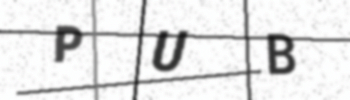
Text: PUB